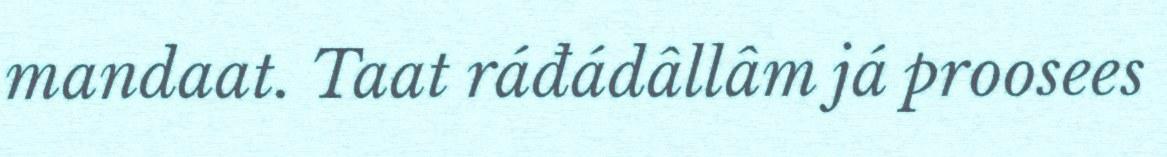
mandaat. Taat ráđádâllâm já proosees